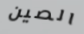
الصين